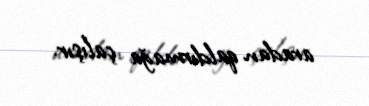
aradan qaldırmağa çalışır.